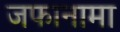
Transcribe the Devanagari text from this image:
जफानामा